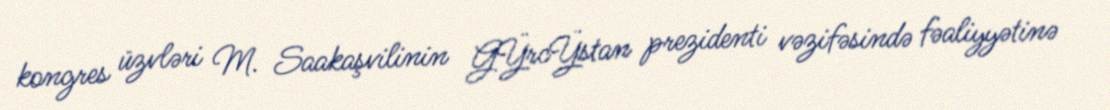
kongres üzvləri M. Saakaşvilinin GŸrcŸstan prezidenti vəzifəsində fəaliyyətinə